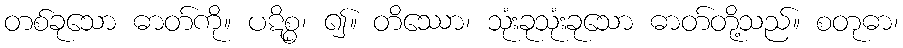
တစ်ခုသော ဓာတ်ကို။ ပဋိစ္စ၊ ၍။ တိဿော၊ သုံးခုသုံးခုသော ဓာတ်တို့သည်။ စတုဓာ၊